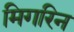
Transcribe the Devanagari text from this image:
मिगरिन